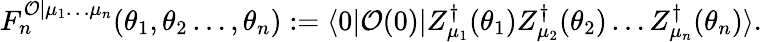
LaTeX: F_{n}^{\mathcal{O}|\mu_{1}\ldots\mu_{n}}(\theta_{1},\theta_{2}\ldots,\theta_{n}):=\langle 0|\mathcal{O}(0)|Z_{\mu_{1}}^{\dagger}(\theta_{1})Z_{\mu_{2}}^{\dagger}(\theta_{2})\ldots Z_{\mu_{n}}^{\dagger}(\theta_{n})\rangle.